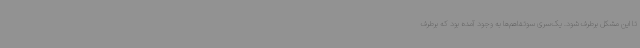
تا این مشکل برطرف شود. یک‌سری سوتفاهم‌ها به وجود آمده بود که برطرف